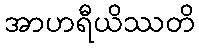
အာဟရီယိဿတိ